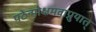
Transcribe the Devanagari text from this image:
पठेन्मोक्षमवाप्नुयात्